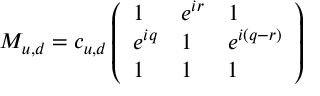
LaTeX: M _ { u , d } = c _ { u , d } \left( \begin{array} { l l l } { { 1 } } & { { e ^ { i r } } } & { { 1 } } \\ { { e ^ { i q } } } & { { 1 } } & { { e ^ { i ( q - r ) } } } \\ { { 1 } } & { { 1 } } & { { 1 } } \end{array} \right)